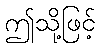
ဤသို့ဖြင့်